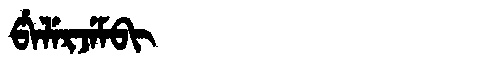
Manchu: ᡦᡝᠯᡝᡵᠵᡝᠮᠪᡳ
Romanization: PELERJEMBI